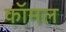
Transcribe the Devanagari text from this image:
कॉमल